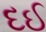
દઈ